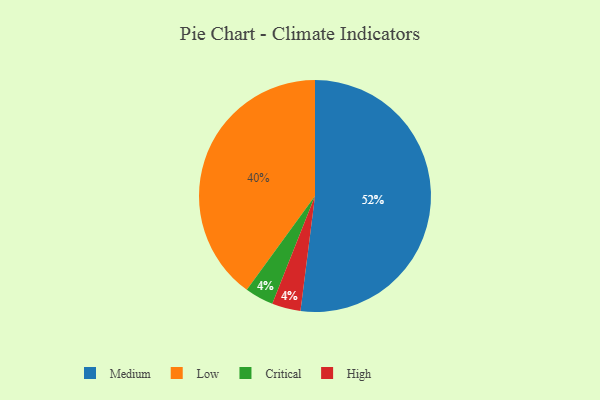
{"axis": {"x": "Category", "y": "Percentage"}, "legend": ["Critical", "High", "Low", "Medium"], "data": [{"x": "Medium", "y": 52, "type": "Medium"}, {"x": "Critical", "y": 4, "type": "Critical"}, {"x": "Low", "y": 40, "type": "Low"}, {"x": "High", "y": 4, "type": "High"}]}